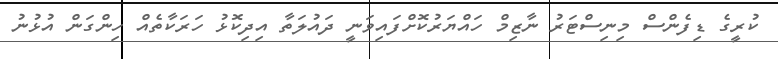
ކުރީގެ ޑިފެންސް މިނިސްޓަރު ނާޒިމް ހައްޔަރުކޮށްފައިވަނީ ދައުލަތާ އިދިކޮޅު ހަރަކާތެއް ހިންގަން އުޅުނު